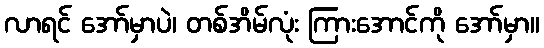
လာရင် အော်မှာပဲ၊ တစ်အိမ်လုံး ကြားအောင်ကို အော်မှာ။